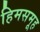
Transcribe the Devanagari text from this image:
हिमसमूह